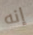
إنه